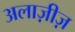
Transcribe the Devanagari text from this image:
अलाज़ीज़